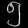
Digit: ၅